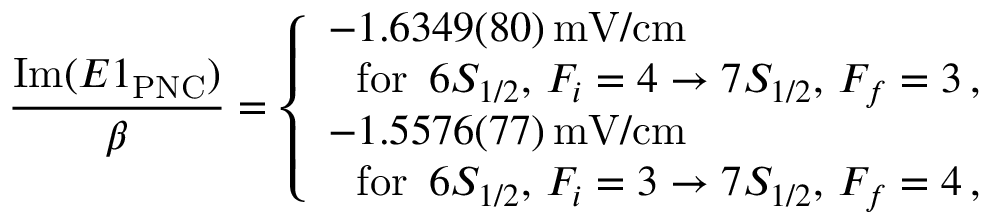
\frac { \mathrm { I m } ( E 1 _ { \mathrm { P N C } } ) } { \beta } = \left\{ \begin{array} { l l } { - 1 . 6 3 4 9 ( 8 0 ) \, \mathrm { m V / c m } } \\ { \, \, \, \, \mathrm { f o r } \, \, \, 6 S _ { 1 / 2 } , \, { F _ { i } = 4 } \rightarrow { 7 S _ { 1 / 2 } , \, { F _ { f } = 3 } } \, , } \\ { - 1 . 5 5 7 6 ( 7 7 ) \, \mathrm { m V / c m } } \\ { \, \, \, \, \mathrm { f o r } \, \, \, 6 S _ { 1 / 2 } , \, { F _ { i } = 3 } \rightarrow { 7 S _ { 1 / 2 } , \, { F _ { f } = 4 } } \, , } \end{array} \right.